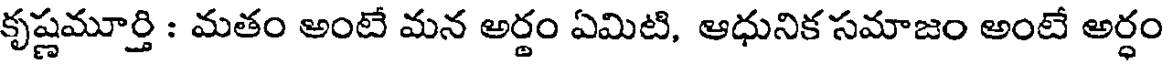
కృష్ణమూర్తి : మతం అంటే మన అర్థం ఏమిటి, ఆధునిక సమాజం అంటే అర్ధం